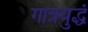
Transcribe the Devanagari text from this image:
गात्रयुद्धं